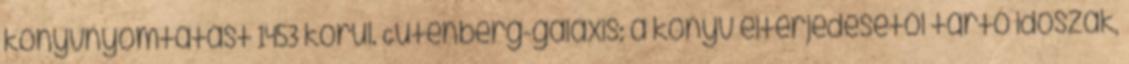
könyvnyomtatást 1453 körül. Gutenberg-galaxis: a könyv elterjedésétől tartó időszak,